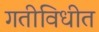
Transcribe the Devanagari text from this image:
गतीविधीत